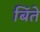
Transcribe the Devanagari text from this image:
बिंते